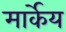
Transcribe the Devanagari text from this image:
मार्केय